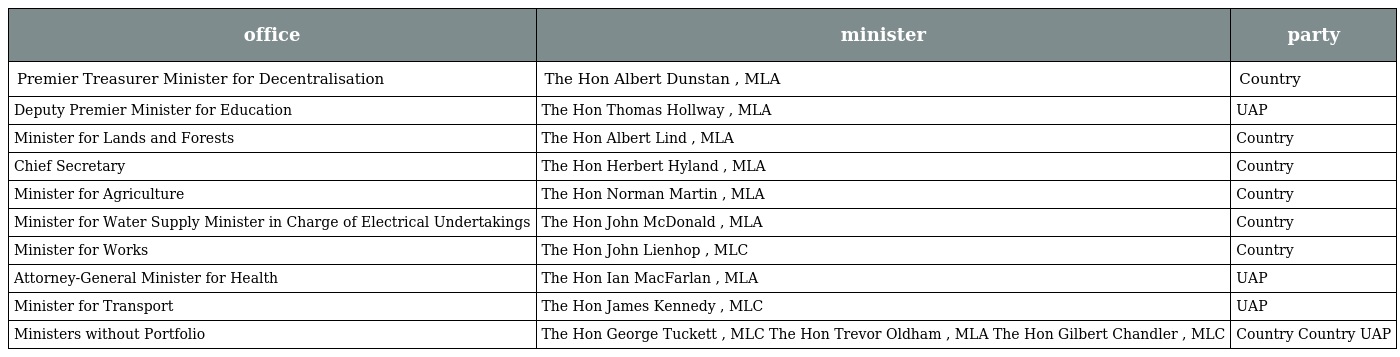
| office | minister | party |
 | --- | --- | --- |
 | Premier Treasurer Minister for Decentralisation | The Hon Albert Dunstan , MLA | Country |
 | Deputy Premier Minister for Education | The Hon Thomas Hollway , MLA | UAP |
 | Minister for Lands and Forests | The Hon Albert Lind , MLA | Country |
 | Chief Secretary | The Hon Herbert Hyland , MLA | Country |
 | Minister for Agriculture | The Hon Norman Martin , MLA | Country |
 | Minister for Water Supply Minister in Charge of Electrical Undertakings | The Hon John McDonald , MLA | Country |
 | Minister for Works | The Hon John Lienhop , MLC | Country |
 | Attorney-General Minister for Health | The Hon Ian MacFarlan , MLA | UAP |
 | Minister for Transport | The Hon James Kennedy , MLC | UAP |
 | Ministers without Portfolio | The Hon George Tuckett , MLC The Hon Trevor Oldham , MLA The Hon Gilbert Chandler , MLC | Country Country UAP |